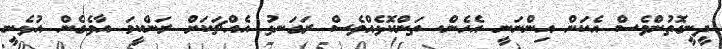
ދީނީގޮތުންވެސް އެކަން އިންނަނީ އެހެން. ތަންކޮޅެއްވެސް ރަގަނޅު އެއްޗަކަށް ރަންކީމަ އާވެގެން އުޅެނީ